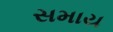
સમાય